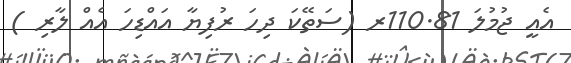
އެއީ ޖުމުލަ 110.81ރ (ސަތޭކަ ދިހަ ރުފިޔާ އައްޑިހަ އެއް ލާރި )